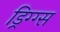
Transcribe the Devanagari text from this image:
ड्रिग्ग्स